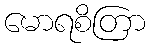
မောရစိတြာ